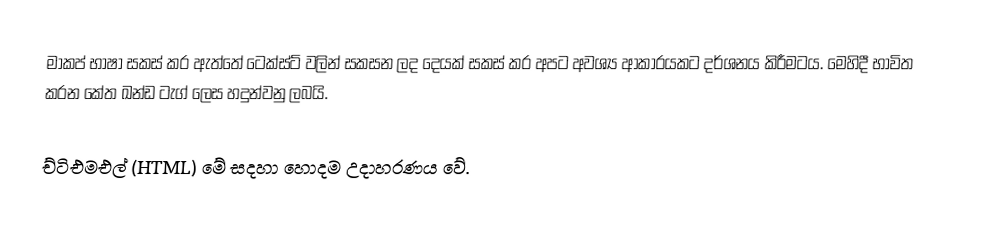
මාකප් භාෂා සකස් කර ඇත්තේ ටෙක්ස්ට් වලින් සකසන ලද දෙයක් සකස් කර අපට අවශ්‍ය ආකාරයකට දර්ශනය කිරීමටය. මෙහිදී භාවිත කරන කේත ඛන්ඩ ටැග් ලෙස හදුන්වනු ලබයි.

ච්ටිඑමඑල් (HTML) මේ සදහා හොදම උදාහරණය වේ.